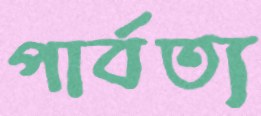
পার্বত্য